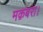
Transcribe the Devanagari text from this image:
मक़बरा।